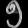
Digit: ၅